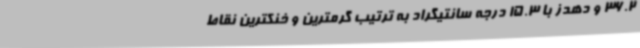
36.2 و دهدز با 15.3 درجه سانتیگراد به ترتیب گرمترین و خنکترین نقاط